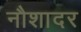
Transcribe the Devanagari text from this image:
नौशादर